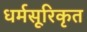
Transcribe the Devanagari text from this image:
धर्मसूरिकृत